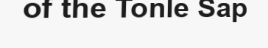
of the Tonle Sap